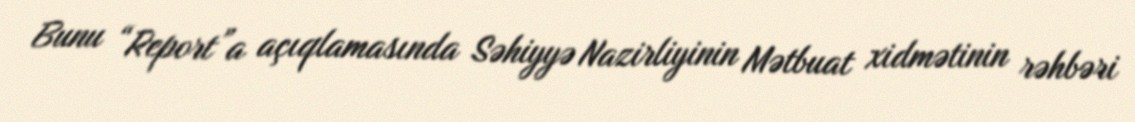
Bunu “Report”a açıqlamasında Səhiyyə Nazirliyinin Mətbuat xidmətinin rəhbəri